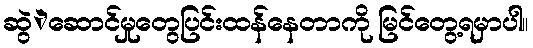
ဆွဲဲဆောင်မှုတွေပြင်းထန်နေတာကို မြင်တွေ့ရမှာပါ။